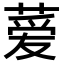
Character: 𫉁